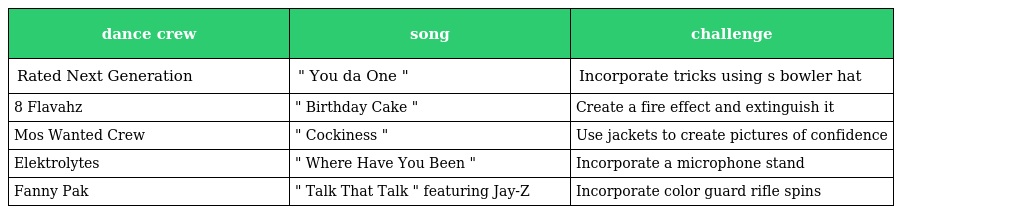
| dance crew | song | challenge |
 | --- | --- | --- |
 | Rated Next Generation | " You da One " | Incorporate tricks using s bowler hat |
 | 8 Flavahz | " Birthday Cake " | Create a fire effect and extinguish it |
 | Mos Wanted Crew | " Cockiness " | Use jackets to create pictures of confidence |
 | Elektrolytes | " Where Have You Been " | Incorporate a microphone stand |
 | Fanny Pak | " Talk That Talk " featuring Jay-Z | Incorporate color guard rifle spins |